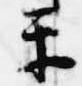
楽